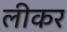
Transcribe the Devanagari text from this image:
लीकर